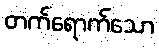
တက်ရောက်သော